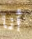
أنا